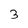
Character: 3